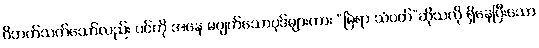
ဝိဘတ်သက်သော်လည်း ပင်ကို အနေ မပျက်သောပုဒ်များကား “မြဲရာ သံပတ်”ဆိုသလို ရှိနေပြီးသော